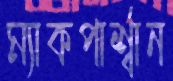
ম্যাকপার্শ্বান